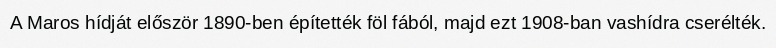
A Maros hídját először 1890-ben építették föl fából, majd ezt 1908-ban vashídra cserélték.